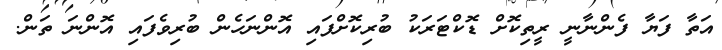
އަތާ ފަޔާ ފެންނާނީ ރީތިކޮށް ޑޮކްޓަރަކު ބުރިކޮށްފައި އޮންނަހެން ބުރިވެފައި އޮންނަ ތަން.